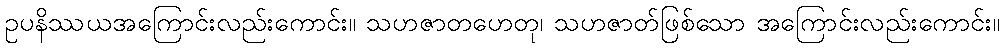
ဥပနိဿယအကြောင်းလည်းကောင်း။ သဟဇာတဟေတု၊ သဟဇာတ်ဖြစ်သော အကြောင်းလည်းကောင်း။